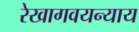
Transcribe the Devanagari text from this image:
रेखागवयन्याय